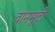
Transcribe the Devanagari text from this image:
वानमुटी